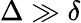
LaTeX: \Delta\gg\delta